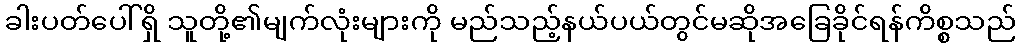
ခါးပတ်ပေါ်ရှိ သူတို့၏မျက်လုံးများကို မည်သည့်နယ်ပယ်တွင်မဆိုအခြေခိုင်ရန်ကိစ္စသည်